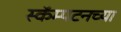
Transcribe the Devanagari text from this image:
स्कॅम्पटनच्या